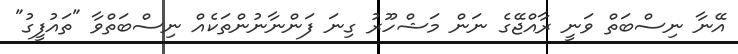
އޭނާ ނިސްބަތް ވަނީ ރާއްޖޭގެ ނަން މަޝްހޫރު ގިނަ ފަންނާނުންތަކެއް ނިސްބަތްވާ "ތައުފީގު"